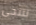
تتنحى